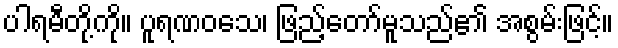
ပါရမီတို့ကို။ ပူရဏဝသေ၊ ဖြည့်တော်မူသည်၏ အစွမ်းဖြင့်။